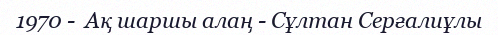
1970 -  Ақ шаршы алаң - Сұлтан Серғалиұлы